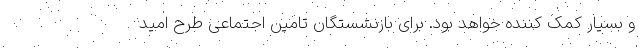
و بسیار کمک کننده خواهد بود. برای بازنشستگان تامین اجتماعی طرح امید